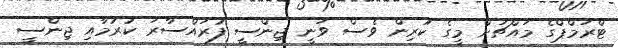
ޓްރަމްޕްގެ މައްޗަށް މީގެ ކުރިން ވެސް ވަނީ ޖިންސީ ފުރައްސާރަ ކުރުމާއި ޖިންސީ